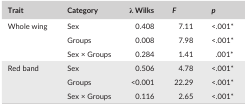
<table><thead><tr><td><b>Trait</b></td><td><b>Category</b></td><td><b>λ Wilks</b></td><td><b><i>F</i></b></td><td><b><i>p</i></b></td></tr></thead><tbody><tr><td rowspan="3">Whole wing</td><td>Sex</td><td>0.408</td><td>7.11</td><td>&lt;.001*</td></tr><tr><td>Groups</td><td>0.008</td><td>7.98</td><td>&lt;.001*</td></tr><tr><td>Sex × Groups</td><td>0.284</td><td>1.41</td><td>.001*</td></tr><tr><td rowspan="3">Red band</td><td>Sex</td><td>0.506</td><td>4.78</td><td>&lt;.001*</td></tr><tr><td>Groups</td><td>&lt;0.001</td><td>22.29</td><td>&lt;.001*</td></tr><tr><td>Sex × Groups</td><td>0.116</td><td>2.65</td><td>&lt;.001*</td></tr></tbody></table>